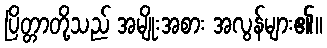
ပြိတ္တာတို့သည် အမျိုးအစား အလွန်များ၏။